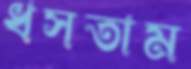
ধসতাম